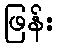
ဖြန်း